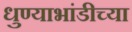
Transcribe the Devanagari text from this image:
धुण्याभांडीच्या